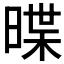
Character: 𣈽